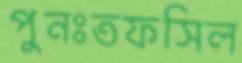
পুনঃতফসিল